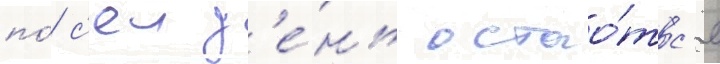
по́ с'еи д'е́нь остао́тс'я